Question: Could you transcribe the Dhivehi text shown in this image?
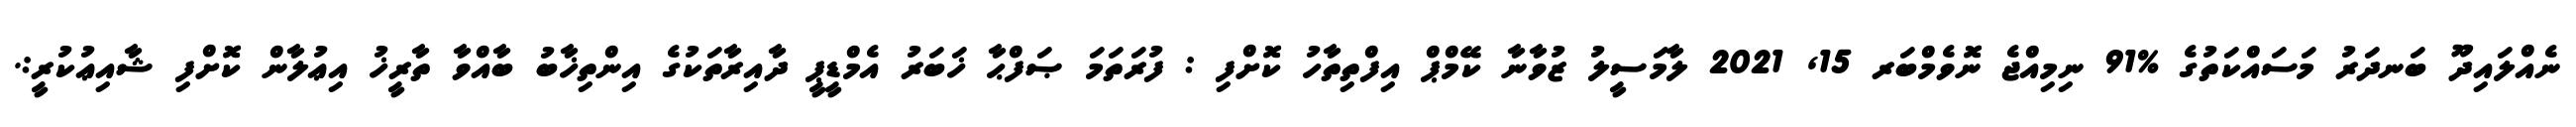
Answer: ނެއްލައިދޫ ބަނދަރު މަސައްކަތުގެ %91 ނިމިއްޖެ ނޮވެމްބަރ 15, 2021 ލާމަސީލު ޒުވާނާ ކޭމްޕް އިފްތިތާހު ކޮށްފި : ފުރަތަމަ ޞަފްޙާ ޚަބަރު އެމްޑީޕީ ދާއިރާތަކުގެ އިންތިޚާބު ބާއްވާ ތާރީޚު އިޢުލާން ކޮށްފި ޝާއިޢުކުރީ:.